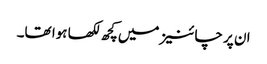
ان پر چائنیز میں‌کچھ لکھا ہوا تھا۔